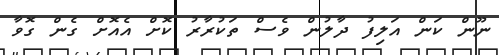
ނޫން ކަން އަލިފު ދާލުން ވެސް ތަކުރާރު ކޮށް އެއޮށް ގެން ގޮވާ